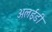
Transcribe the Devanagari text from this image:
अलईडी